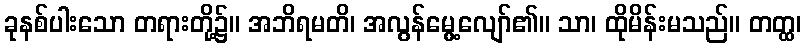
ခုနစ်ပါးသော တရားတို့၌။ အဘိရမတိ၊ အလွန်မွေ့လျော်၏။ သာ၊ ထိုမိန်းမသည်။ တတ္ထ၊